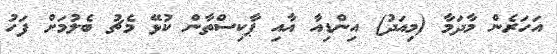
އަހަރެން މާދަމާ (މިއަދު) އިންޑިއާ އާއި ޕާކިސްތާން ކުޅޭ މެޗު ބެލުމަށް ފަހު